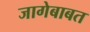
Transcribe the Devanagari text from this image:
जागेबाबत